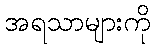
အရသာများကို